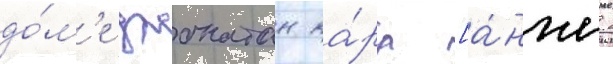
до́м'е джонатан ка́рл [а́нгл.